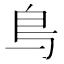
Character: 𫠓